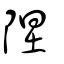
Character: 陧